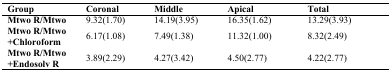
| Group | Coronal | Middle | Apical | Total |
 | --- | --- | --- | --- | --- |
 | Mtwo R/Mtwo | 9.32(1.70) | 14.19(3.95) | 16.35(1.62) | 13.29(3.93) |
 | Mtwo R/Mtwo+Chloroform | 6.17(1.08) | 7.49(1.38) | 11.32(1.00) | 8.32(2.49) |
 | Mtwo R/Mtwo+Endosolv R | 3.89(2.29) | 4.27(3.42) | 4.50(2.77) | 4.22(2.77) |